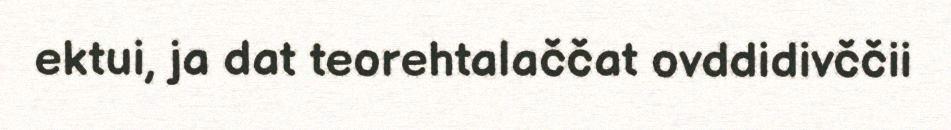
ektui, ja dat teorehtalaččat ovddidivččii